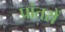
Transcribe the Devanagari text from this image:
प्रांतरों